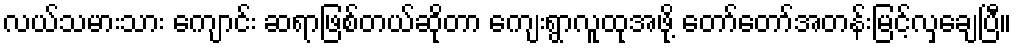
လယ်သမားသား ကျောင်း ဆရာဖြစ်တယ်ဆိုတာ ကျေးရွာလူထုအဖို့ တော်တော်အတန်းမြင့်လှချေပြီ။